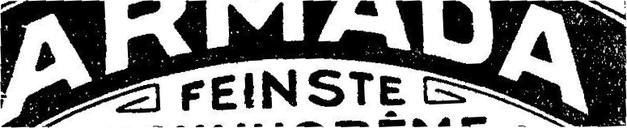
ARMADA